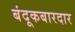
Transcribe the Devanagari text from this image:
बंदूकबारदार